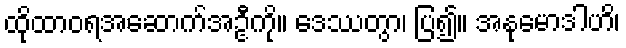
ထိုထာဝရအဆောက်အဦကို။ ဒေဿတွာ၊ ပြ၍။ အနုမောဒါဟိ၊